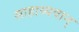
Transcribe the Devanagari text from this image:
साहाय्यवान्